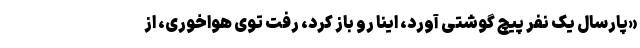
«پارسال یک نفر پیچ گوشتی آورد، اینا رو باز کرد، رفت توی هواخوری، از